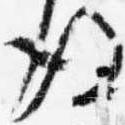
後